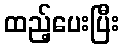
ထည့်ပေးပြီး